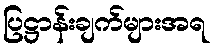
ပြဋ္ဌာန်းချက်များအရ